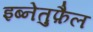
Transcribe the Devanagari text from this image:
इब्नेतुफ़ैल